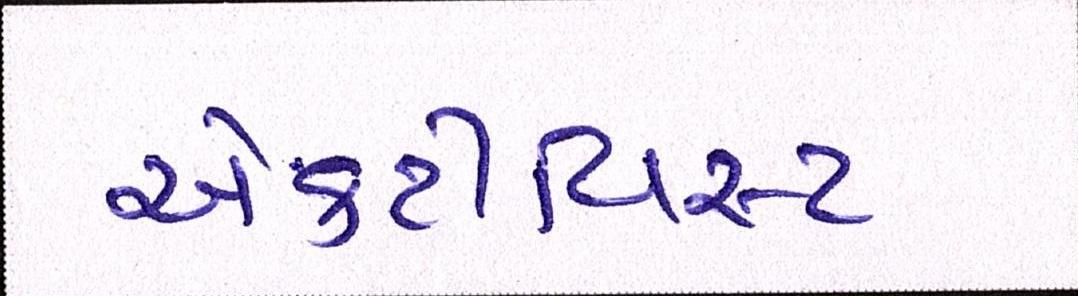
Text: એક્ટીવિસ્ટ